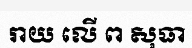
រាយ លើ ព សុធា